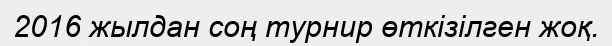
2016 жылдан соң турнир өткізілген жоқ.